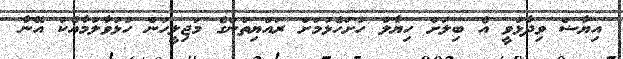
އިޔާޟް ވިދާޅުވީ އެ ބިލަށް ހިޔާލު ހުށަހެޅުމަށް ރައްޔިތުންގެ މަޖިލީހުން ހުޅުވާލުމާއެކު އޭނާ